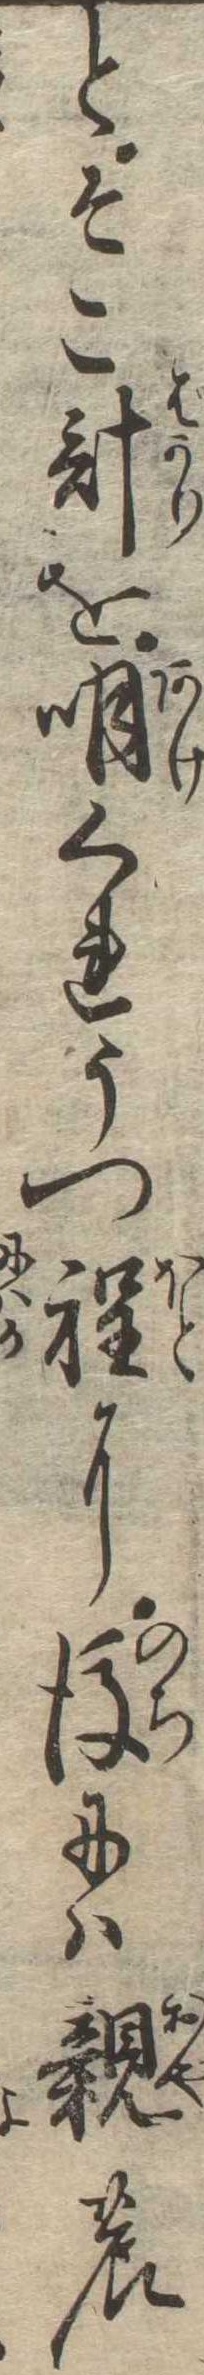
とそこ計を明くれうつ程に後には親の